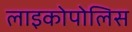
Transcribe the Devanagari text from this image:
लाइकोपोलिस